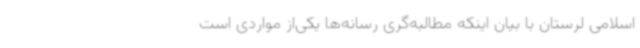
اسلامی لرستان با بیان اینکه مطالبه‌گری رسانه‌ها یکی‌از مواردی است